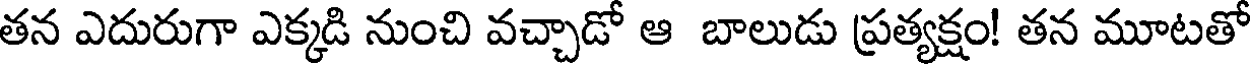
తన ఎదురుగా ఎక్కడి నుంచి వచ్చాడో ఆ బాలుడు ప్రత్యక్షం! తన మూటతో